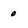
Character: o